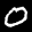
Label: 0